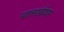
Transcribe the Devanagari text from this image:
पालखीवर